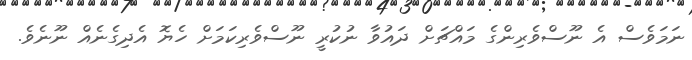
ނަމަވެސް އެ ނޫސްވެރިންގެ މައްޗަށް ދައުވާ ނުކުރީ ނޫސްވެރިކަމަށް ހެޔޮ އެދިގެނެއް ނޫނެވެ.